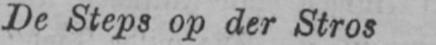
De Steps op der Stros